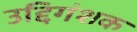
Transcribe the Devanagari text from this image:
उद्दिगंशक